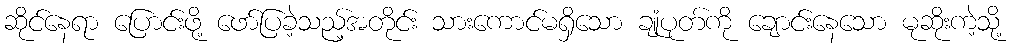
ဆိုင်နေရာ ပြောင်းဖို့ ဖော်ပြခဲ့သည့်အတိုင်း သားကောင်မရှိသော ချုံပုတ်ကို ချောင်းနေသော မုဆိုးကဲ့သို့